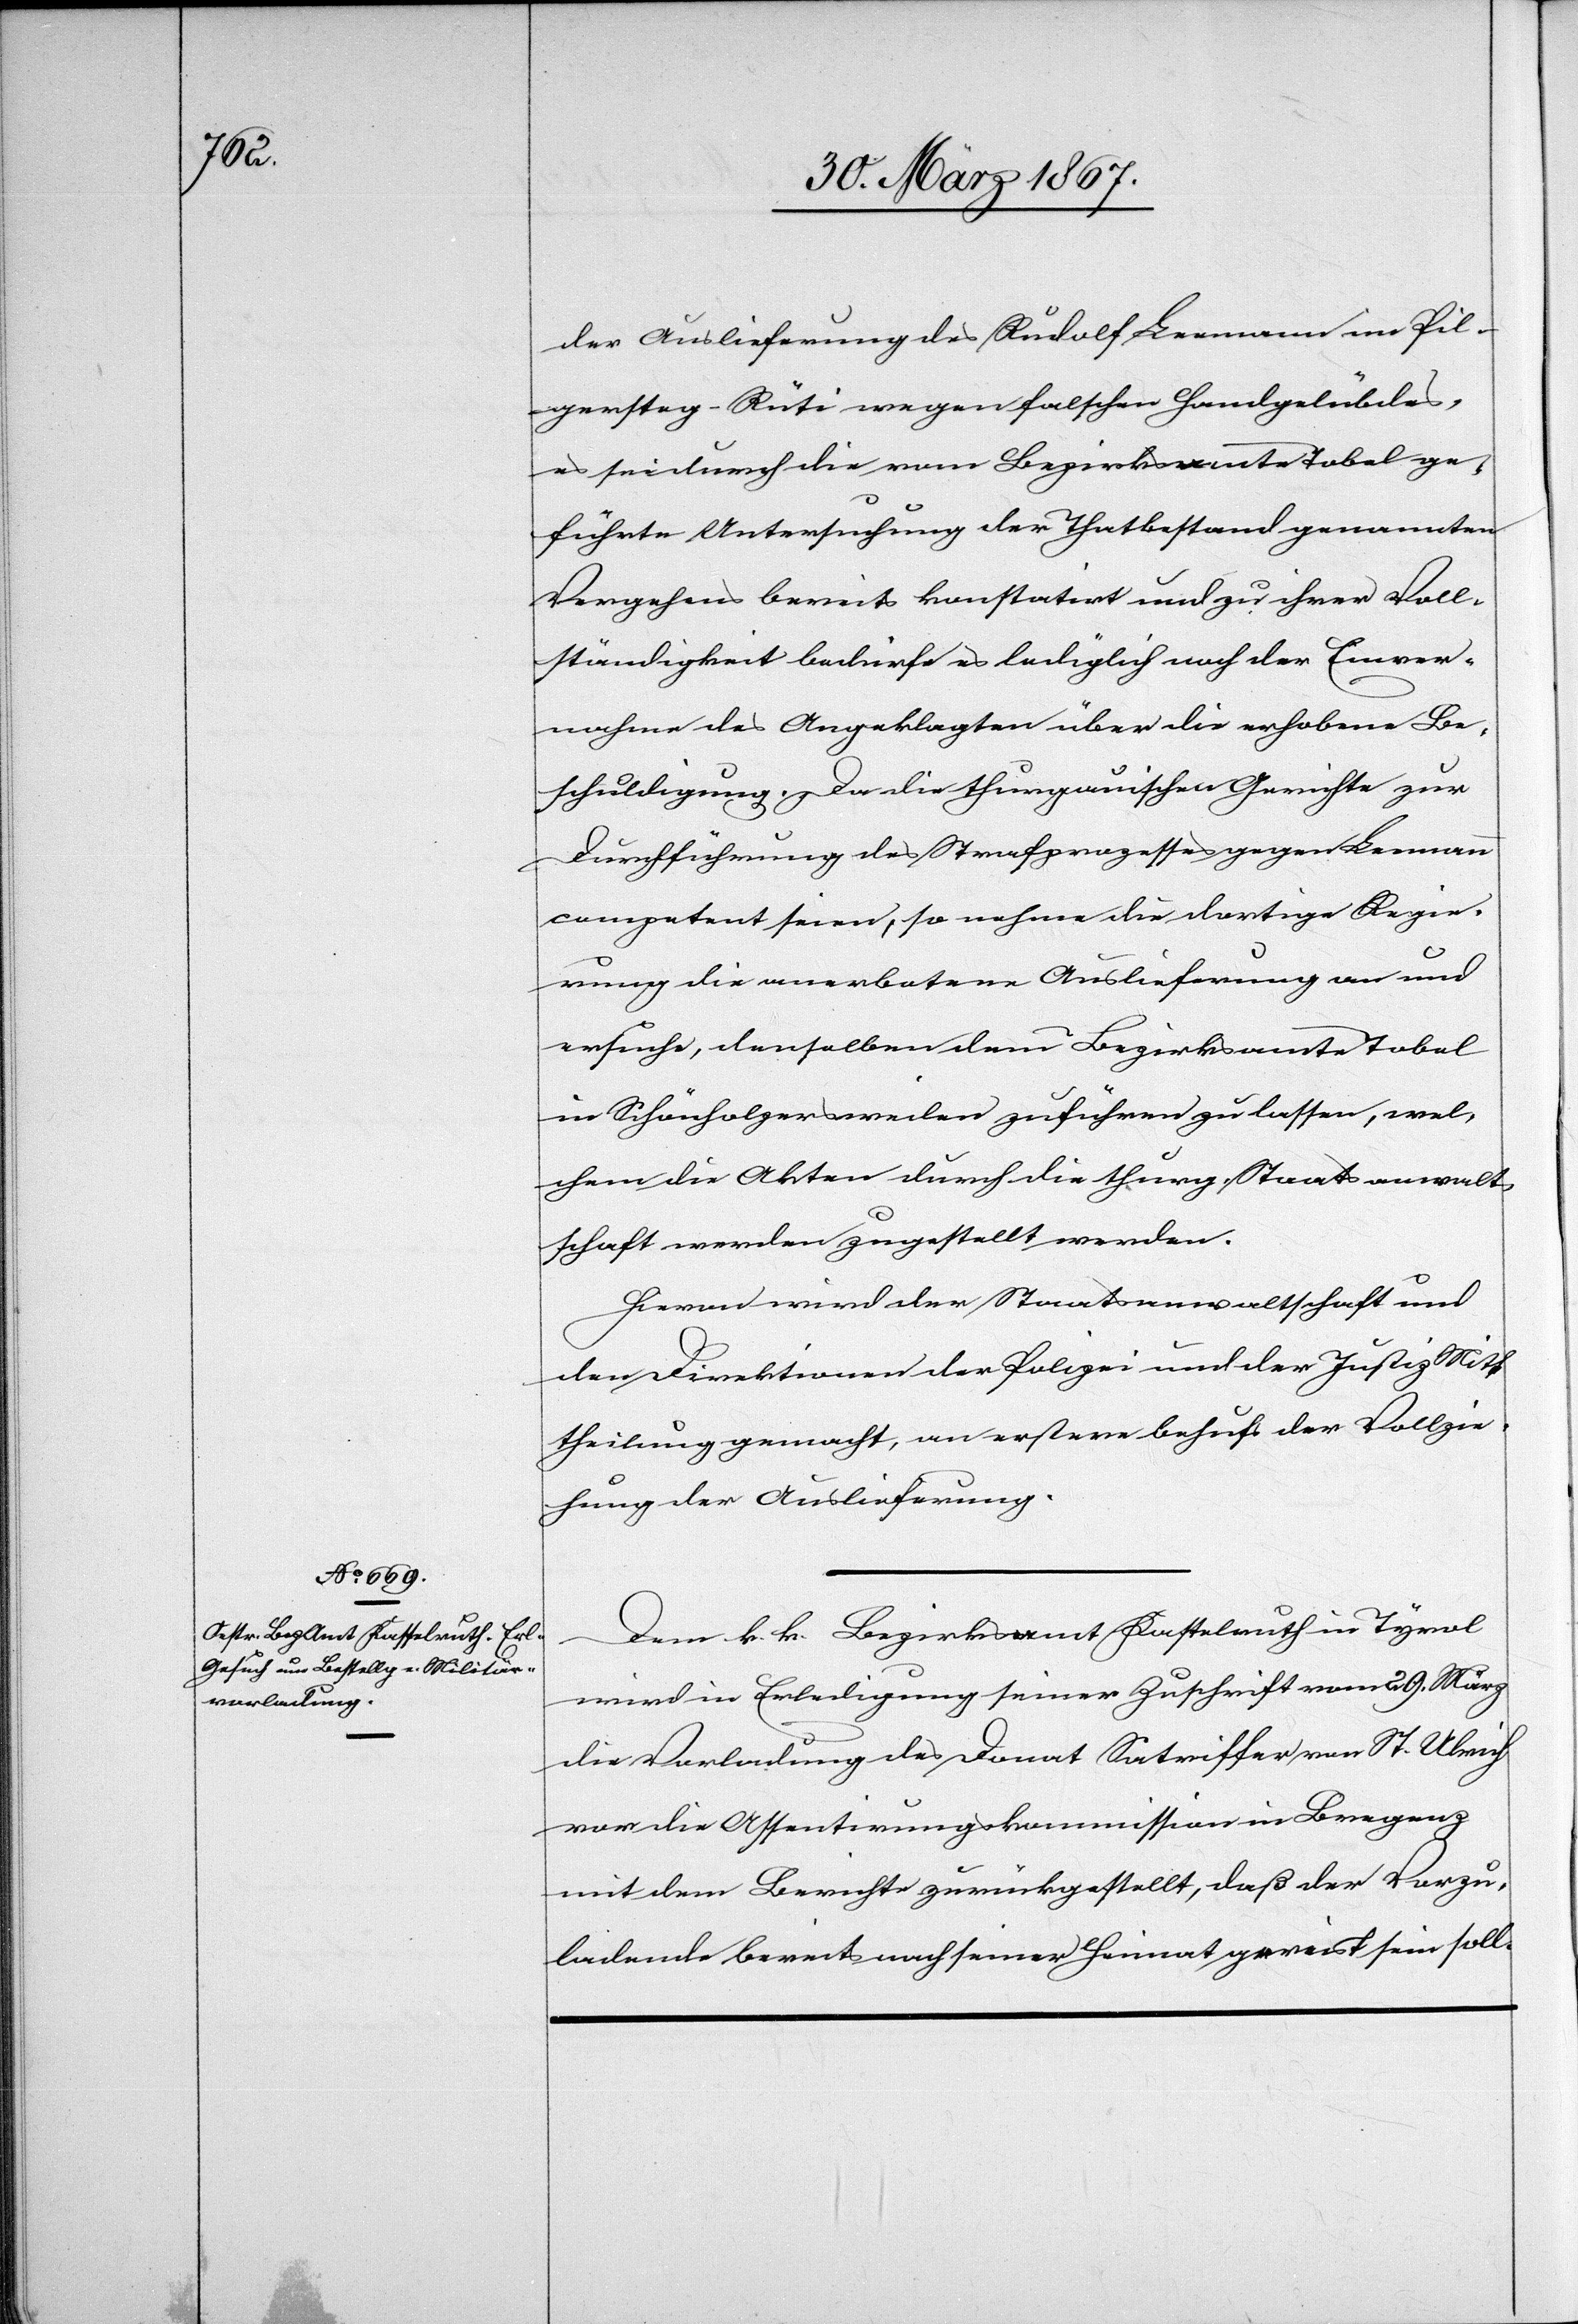
der Auslieferung des Rudolf Leemann im Pil¬
gersteg-Rüti wegen falschen Handgelübdes,
es sei durch die vom Bezirksamte Tobel ge¬
führte Untersuchung der Thatbestand genannten
Vergehens bereits konstatirt und zu ihrer Voll¬
ständigkeit bedürfe es lediglich noch der Einver¬
nahme des Angeklagten über die erhobene Be¬
schuldigung. Da die thurgauischen Gerichte zur
Durchführung des Strafprozesses gegen Leemann
competent seien, so nehme die dortige Regie¬
rung die anerbotene Auslieferung an und
ersuche, denselben dem Bezirksamte Tobel
in Schönholzersweilen zuführen zu lassen, wel¬
chem die Akten durch die thurg. Staatsanwalt¬
schaft werden zugestellt werden.
Hievon wird der Staatsanwaltschaft und
den Direktionen der Polizei und der Justiz Mit¬
theilung gemacht, an erstere behufs der Vollzie¬
hung der Auslieferung.
Dem k. k. Bezirksamt Kastelruth in Tyrol
wird in Erledigung seiner Zuschrift vom 29. März
die Vorladung des Donat Sotriffer von St. Ulrich
vor die Assentirungskommission in Bregenz
mit dem Berichte zurückgestellt, daß der Vorzu¬
ladende bereits nach seiner Heimat gereist sein soll.